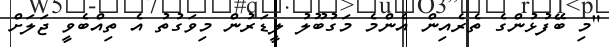
"މި ބޭފުޅުންގެ ތެރެއިން އެންމެ މަގުބޫލު ލީޑަރުން މިވަގުތު އެ ތިއްބެވީ ޖަލަށް